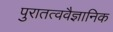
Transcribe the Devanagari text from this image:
पुरातत्ववैज्ञानिक